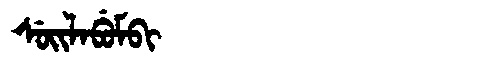
Manchu: ᠰᡠᡳᠯᠠᠪᡠᠮᠪᡳ
Romanization: SUILABUMBI